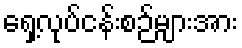
ရှေ့လုပ်ငန်းစဉ်များအား